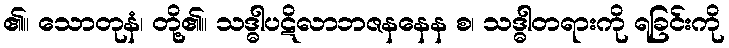
၏။ သောတုနံ၊ တို့၏။ သဒ္ဓါပဋိလာဘဇနနေန စ၊ သဒ္ဓါတရားကို ရခြင်းကို